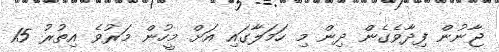
ޖާނުން ފިދާވެގެން ދިން މި ހަމަލާގައި އަށް މީހުން މަރުވެ އިތުރު 15